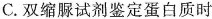
C.双缩脲试剂鉴定蛋白质时